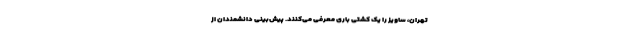
تهران، ساویز را یک کشتی باری معرفی می‌کنند. پیش‌بینی دانشمندان از